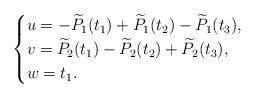
LaTeX: \begin{align*}\begin{cases}u=-\widetilde{P}_1(t_1)+\widetilde{P}_1(t_2)-\widetilde{P}_1(t_3),\\v=\widetilde{P}_2(t_1)-\widetilde{P}_2(t_2)+\widetilde{P}_2(t_3),\\w=t_1.\end{cases}\end{align*}